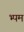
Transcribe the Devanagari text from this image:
भ्पम